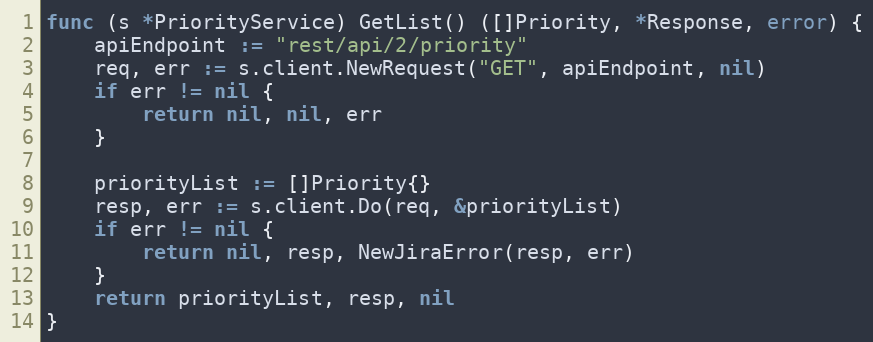
Language: Go
func (s *PriorityService) GetList() ([]Priority, *Response, error) {
	apiEndpoint := "rest/api/2/priority"
	req, err := s.client.NewRequest("GET", apiEndpoint, nil)
	if err != nil {
		return nil, nil, err
	}

	priorityList := []Priority{}
	resp, err := s.client.Do(req, &priorityList)
	if err != nil {
		return nil, resp, NewJiraError(resp, err)
	}
	return priorityList, resp, nil
}